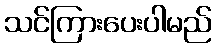
သင်ကြားပေးပါမည်